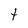
Character: t